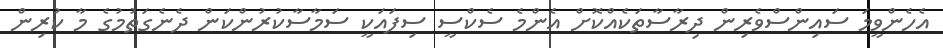
އެހެންވީމަ ސައިންސްވެރިން ދިރާސާތަކެއްކޮށް އެންމެ ސެކްސީ ސިފައަކީ ސަމާސާކުރުންކަން ދެނެގަތުމުގެ މާ ކުރިން